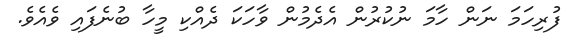
ފުރިހަމަ ނަން ހާމަ ނުކުރުން އެދެމުން ވާހަކަ ދެއްކި މީހާ ބުނެފައި ވެއެވެ.